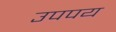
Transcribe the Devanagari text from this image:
उपपय